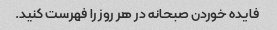
فایده خوردن صبحانه در هر روز را فهرست کنید.